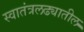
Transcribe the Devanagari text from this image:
स्वातंत्रलढ्यातील